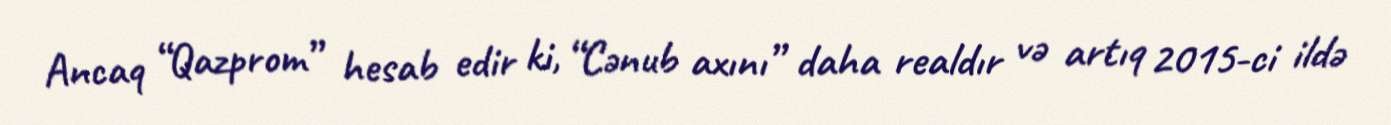
Ancaq “Qazprom” hesab edir ki, “Cənub axını” daha realdır və artıq 2015-ci ildə